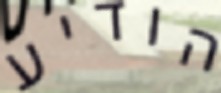
הודיע